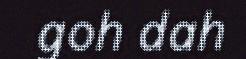
goh dah